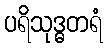
ပရိသုဒ္ဓတရံ